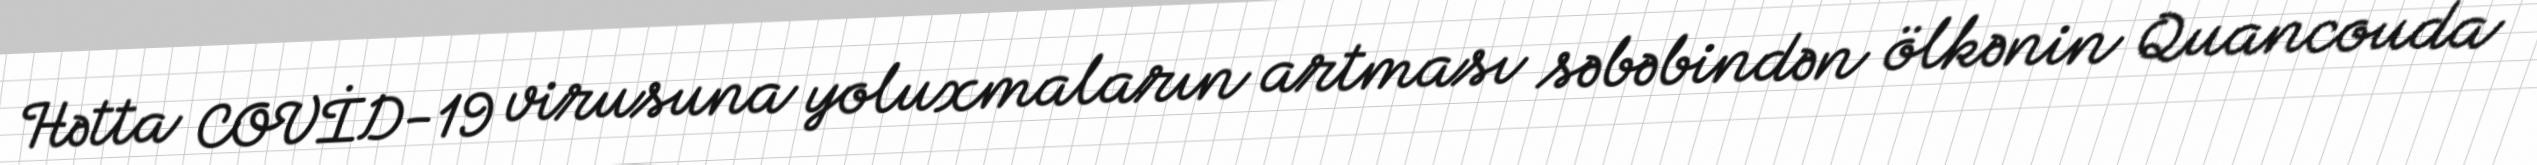
Hətta COVİD-19 virusuna yoluxmaların artması səbəbindən ölkənin Quancouda